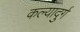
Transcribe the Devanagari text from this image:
कल्यादुर्ग